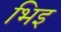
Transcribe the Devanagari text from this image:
भिइ